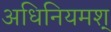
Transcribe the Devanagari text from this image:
अधिनियमश्